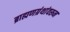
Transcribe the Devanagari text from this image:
ब्राह्मणग्रंथांवरून